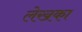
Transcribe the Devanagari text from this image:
लेखका